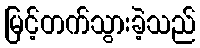
မြင့်တက်သွားခဲ့သည်